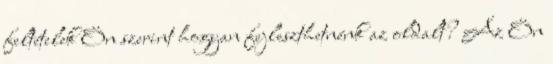
feltételek Ön szerint hogyan fejleszthetnénk az oldalt? Az Ön